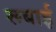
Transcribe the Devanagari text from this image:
रूबाई